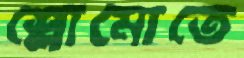
শ্লোমোতে